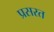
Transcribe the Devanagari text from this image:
प्रसरत